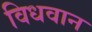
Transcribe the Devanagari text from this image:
विधवान